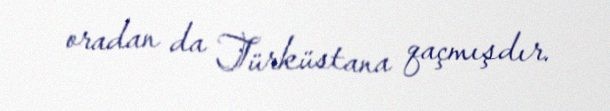
oradan da Türküstana qaçmışdır.